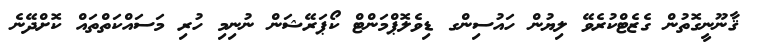
ޤާނޫނީގޮތުން ގެޒެޓްކުރެވޭ ލިޔުން ހައުސިންގ ޑިވެލޮޕްމަންޓް ކޯޕަރޭޝަން ނުނިމި ހުރި މަސައްކަތްތައް ކޮށްދޭނެ